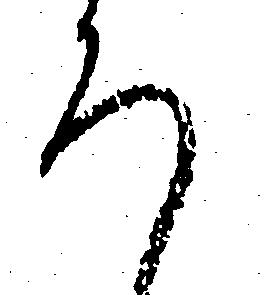
ろ